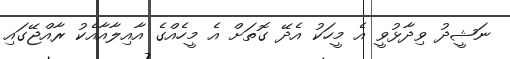
ނަޝީދު ވިދާޅުވީ އެ މީހަކު އެދޭ ގޮތަށް އެ މީހެއްގެ އާއިލާއާއެކު ރާއްޖޭގައި